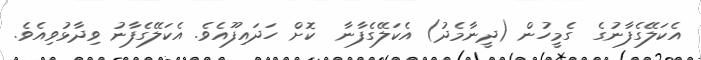
އެކަލޭގެފާނުގެ  ގެމީހުން (ދީނާމެދު) އެކަލޭގެފާނާ  ކޮށް ހަދައިފޫއެވެ. އެކަލޭގެފާނު ވިދާޅުވިއެވެ.